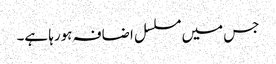
جس میں مسلسل اضافہ ہورہا ہے۔